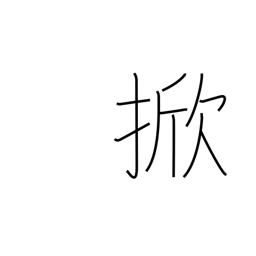
Meaning: hoist